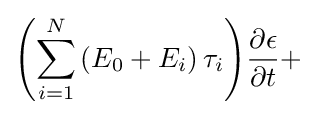
{\left({\sum _{i=1}^{N}{\left({E_{0}+E_{i}}\right)\tau _{i}}}\right)}{\frac {\partial {\epsilon }}{\partial {t}}}+